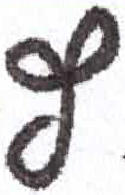
אות: ץ